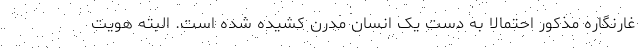
غارنگاره مذکور احتمالا به دست یک انسان مدرن کشیده شده است. البته هویت